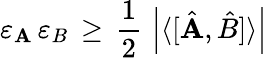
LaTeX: \varepsilon_{\mathbf{A}}\, \varepsilon_{B}\, \geq\, {\frac{{1}}{{2}}}\, \left|\langle[{\hat{{\mathbf{A}}}},{\hat{{B}}}]\rangle\right|